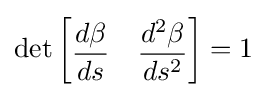
\det {\begin{bmatrix}{\dfrac {d\beta }{ds}}&{\dfrac {d^{2}\beta }{ds^{2}}}\end{bmatrix}}=1